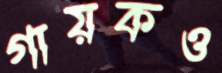
গায়কও